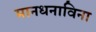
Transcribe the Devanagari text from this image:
मानधनाविना